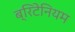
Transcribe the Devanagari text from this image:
ब्रिटेनियम